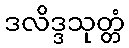
ဒလိဒ္ဒသုတ္တံ